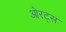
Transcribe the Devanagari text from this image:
ओरट्स